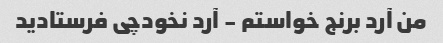
من آرد برنج خواستم - آرد نخودچی فرستادید